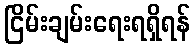
ငြိမ်းချမ်းရေးရရှိရန်